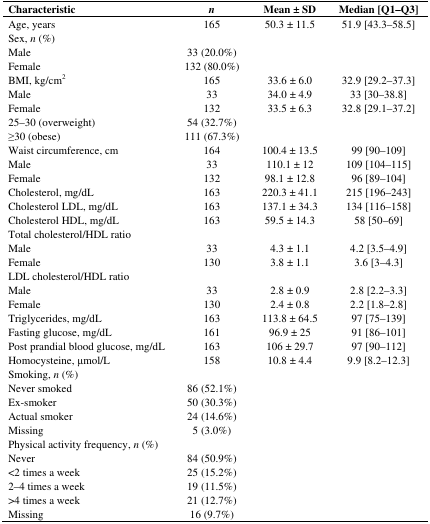
<table><thead><tr><td><b>Characteristic</b></td><td><b><i>n</i></b></td><td><b>Mean ± SD</b></td><td><b>Median [Q1–Q3]</b></td></tr></thead><tbody><tr><td>Age, years</td><td>165</td><td>50.3 ± 11.5</td><td>51.9 [43.3–58.5]</td></tr><tr><td>Sex, <i>n</i> (%)</td><td></td><td></td><td></td></tr><tr><td>Male</td><td>33 (20.0%)</td><td></td><td></td></tr><tr><td>Female</td><td>132 (80.0%)</td><td></td><td></td></tr><tr><td>BMI, kg/cm<sup>2</sup></td><td>165</td><td>33.6 ± 6.0</td><td>32.9 [29.2–37.3]</td></tr><tr><td>Male</td><td>33</td><td>34.0 ± 4.9</td><td>33 [30–38.8]</td></tr><tr><td>Female</td><td>132</td><td>33.5 ± 6.3</td><td>32.8 [29.1–37.2]</td></tr><tr><td>25–30 (overweight)</td><td>54 (32.7%)</td><td></td><td></td></tr><tr><td>≥30 (obese)</td><td>111 (67.3%)</td><td></td><td></td></tr><tr><td>Waist circumference, cm</td><td>164</td><td>100.4 ± 13.5</td><td>99 [90–109]</td></tr><tr><td>Male</td><td>33</td><td>110.1 ± 12</td><td>109 [104–115]</td></tr><tr><td>Female</td><td>132</td><td>98.1 ± 12.8</td><td>96 [89–104]</td></tr><tr><td>Cholesterol, mg/dL</td><td>163</td><td>220.3 ± 41.1</td><td>215 [196–243]</td></tr><tr><td>Cholesterol LDL, mg/dL</td><td>163</td><td>137.1 ± 34.3</td><td>134 [116–158]</td></tr><tr><td>Cholesterol HDL, mg/dL</td><td>163</td><td>59.5 ± 14.3</td><td>58 [50–69]</td></tr><tr><td>Total cholesterol/HDL ratio</td><td></td><td></td><td></td></tr><tr><td>Male</td><td>33</td><td>4.3 ± 1.1</td><td>4.2 [3.5–4.9]</td></tr><tr><td>Female</td><td>130</td><td>3.8 ± 1.1</td><td>3.6 [3–4.3]</td></tr><tr><td>LDL cholesterol/HDL ratio</td><td></td><td></td><td></td></tr><tr><td>Male</td><td>33</td><td>2.8 ± 0.9</td><td>2.8 [2.2–3.3]</td></tr><tr><td>Female</td><td>130</td><td>2.4 ± 0.8</td><td>2.2 [1.8–2.8]</td></tr><tr><td>Triglycerides, mg/dL</td><td>163</td><td>113.8 ± 64.5</td><td>97 [75–139]</td></tr><tr><td>Fasting glucose, mg/dL</td><td>161</td><td>96.9 ± 25</td><td>91 [86–101]</td></tr><tr><td>Post prandial blood glucose, mg/dL</td><td>163</td><td>106 ± 29.7</td><td>97 [90–112]</td></tr><tr><td>Homocysteine, μmol/L</td><td>158</td><td>10.8 ± 4.4</td><td>9.9 [8.2–12.3]</td></tr><tr><td>Smoking, <i> n</i> (%)</td><td></td><td></td><td></td></tr><tr><td>Never smoked</td><td>86 (52.1%)</td><td></td><td></td></tr><tr><td>Ex-smoker</td><td>50 (30.3%)</td><td></td><td></td></tr><tr><td>Actual smoker</td><td>24 (14.6%)</td><td></td><td></td></tr><tr><td>Missing</td><td>5 (3.0%)</td><td></td><td></td></tr><tr><td>Physical activity frequency, <i>n</i> (%)</td><td></td><td></td><td></td></tr><tr><td>Never</td><td>84 (50.9%)</td><td></td><td></td></tr><tr><td>&lt;2 times a week</td><td>25 (15.2%)</td><td></td><td></td></tr><tr><td>2–4 times a week</td><td>19 (11.5%)</td><td></td><td></td></tr><tr><td>&gt;4 times a week</td><td>21 (12.7%)</td><td></td><td></td></tr><tr><td>Missing</td><td>16 (9.7%)</td><td></td><td></td></tr></tbody></table>